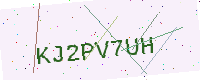
Text: KJ2PV7UH